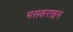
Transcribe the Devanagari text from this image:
मसकराइन